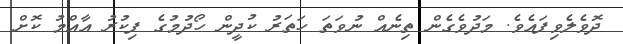
ދޮވެލެވިފައެވެ. މަދުވެގެން ތިނެއް ނުވަތަ ހަތަރު ކުދީން ހޯދުމުގެ ފިކުރު އާއްމު ކޮށް